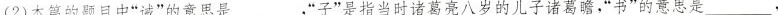
(2)本篇的题目中”诫”的意思是___，”子”是指当时诸葛亮八岁的儿子诸葛瞻，”书”的意思是___.